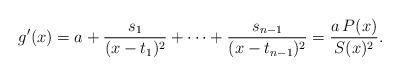
LaTeX: \begin{align*}g'(x)=a+\frac{s_1}{(x-t_1)^2}+\dots+\frac{s_{n-1}}{(x-t_{n-1})^2}=\frac{a\,P(x)}{S(x)^2}.\end{align*}